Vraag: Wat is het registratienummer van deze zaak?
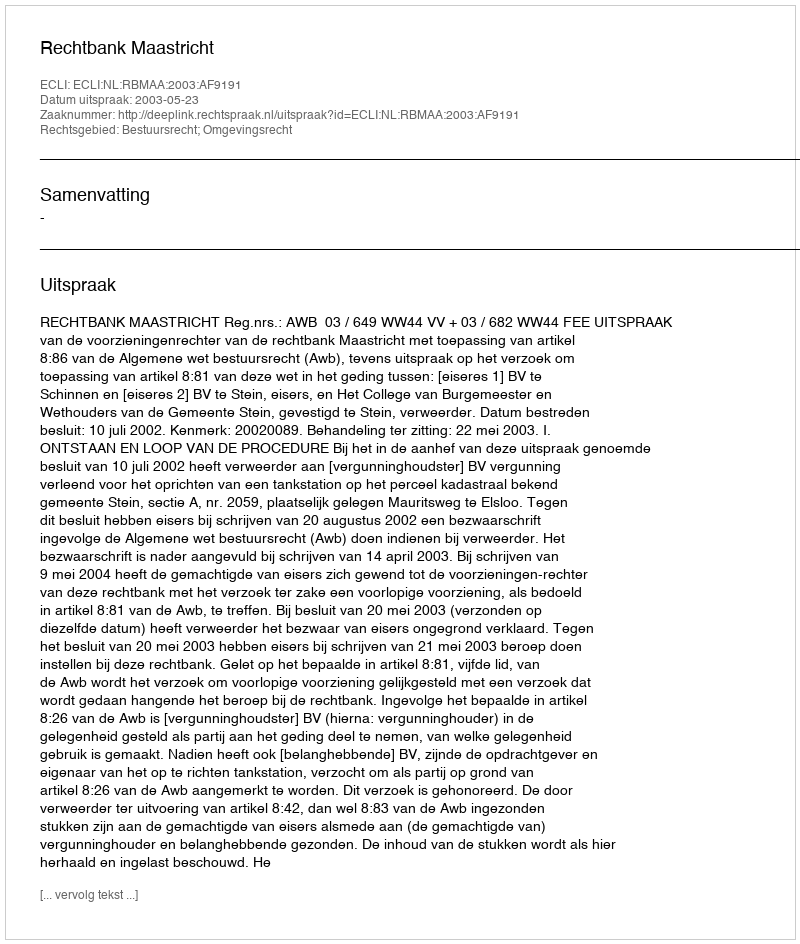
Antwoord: http://deeplink.rechtspraak.nl/uitspraak?id=ECLI:NL:RBMAA:2003:AF9191